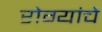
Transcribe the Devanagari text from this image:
रोग्यांचे